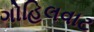
ગોહિલવાટ